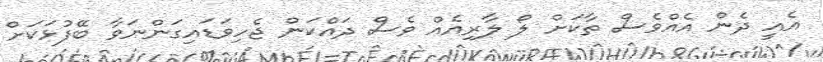
އެއީ ދެން އެއްވެސް ތާކަށް ލޯ ލާރިއެއް ވެސް ދައްކަން ޖެހިވަޑައިގަންނަވާ ބޭފުޅަކަށް